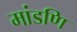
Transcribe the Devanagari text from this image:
मांडणि